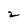
Character: 2